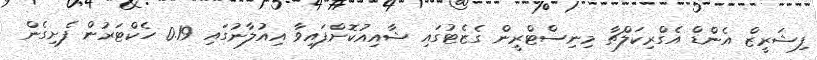
ފިޝަރީޒް އެންޑް އެގްރިކަލްޗާ މިނިސްޓްރީން ގެޒެޓުގައި ޝާއިއުކޮށްފައިވާ އިއުލާނުގައި 0.19 ހެކްޓަރުން ފެށިގެން